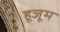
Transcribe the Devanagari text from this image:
हूजूम